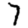
Digit: 7